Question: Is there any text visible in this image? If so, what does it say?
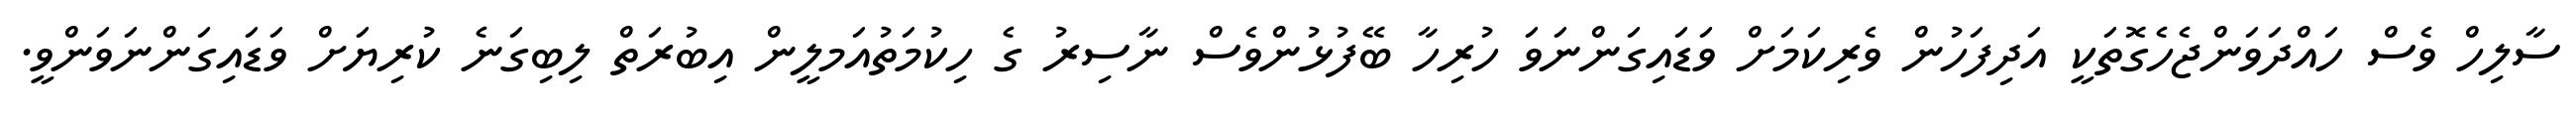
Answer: ސާލިހް ވެސް ހައްދަވަންޖެހެގޮތަކީ އަދިފަހުން ވެރިކަމަށް ވަޑައިގަންނަވަ ހުރިހާ ބޭފުޅުންވެސް ނާސިރު ގެ ހިކުމަތުއަމލީން އިބުރަތް ލިބިގަނެ ކުރިޔަށް ވަޑައިގަންނަވަންވީ.